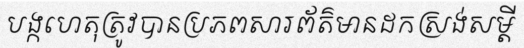
បង្កហេតុត្រូវបានប្រភពសារព័ត៌មានដកស្រង់សម្តី